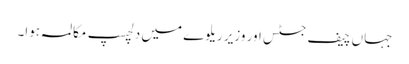
جہاں چیف جسٹس اور وزیر ریلوے میں دلچسپ مکالمہ ہوا۔